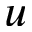
u